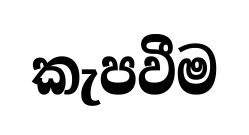
කැපවීම